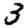
Digit: 3